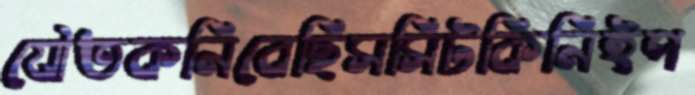
যৌতকনিবেছিসসিটকিনিইপ